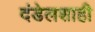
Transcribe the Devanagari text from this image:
दंडेलशाही